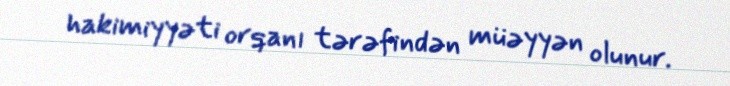
hakimiyyəti orqanı tərəfindən müəyyən olunur.